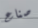
صناع